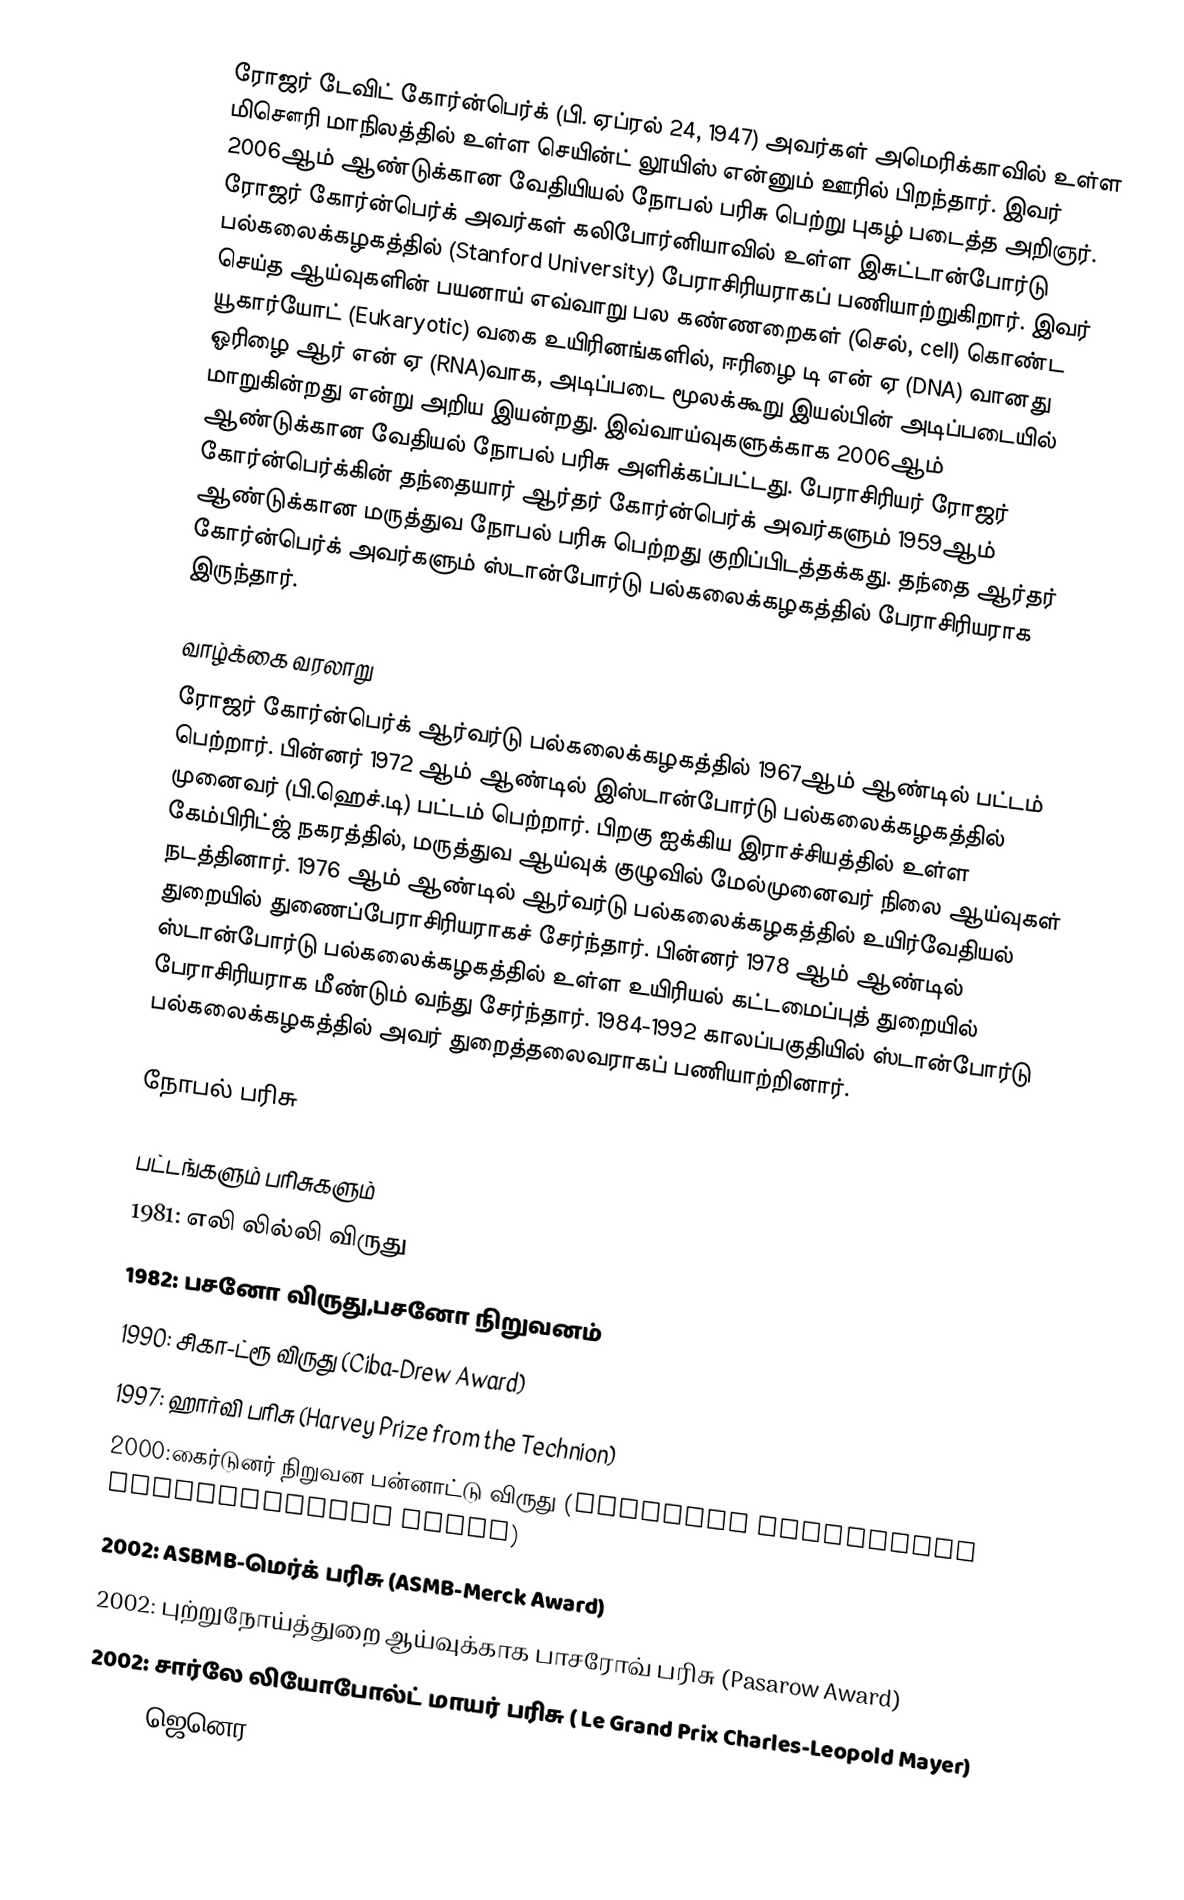
ரோஜர் டேவிட் கோர்ன்பெர்க் (பி. ஏப்ரல் 24, 1947) அவர்கள் அமெரிக்காவில் உள்ள மிசௌரி மாநிலத்தில் உள்ள செயின்ட் லூயிஸ் என்னும் ஊரில் பிறந்தார். இவர் 2006ஆம் ஆண்டுக்கான வேதியியல் நோபல் பரிசு பெற்று புகழ் படைத்த அறிஞர். ரோஜர் கோர்ன்பெர்க் அவர்கள் கலிபோர்னியாவில் உள்ள இசுட்டான்போர்டு பல்கலைக்கழகத்தில் (Stanford University) பேராசிரியராகப் பணியாற்றுகிறார். இவர் செய்த ஆய்வுகளின் பயனாய் எவ்வாறு பல கண்ணறைகள் (செல், cell) கொண்ட யூகார்யோட் (Eukaryotic) வகை உயிரினங்களில், ஈரிழை டி என் ஏ (DNA) வானது ஓரிழை ஆர் என் ஏ (RNA)வாக, அடிப்படை மூலக்கூறு இயல்பின் அடிப்படையில் மாறுகின்றது என்று அறிய இயன்றது. இவ்வாய்வுகளுக்காக 2006ஆம் ஆண்டுக்கான வேதியல் நோபல் பரிசு அளிக்கப்பட்டது. பேராசிரியர் ரோஜர் கோர்ன்பெர்க்கின் தந்தையார் ஆர்தர் கோர்ன்பெர்க் அவர்களும் 1959ஆம் ஆண்டுக்கான மருத்துவ நோபல் பரிசு பெற்றது குறிப்பிடத்தக்கது. தந்தை ஆர்தர் கோர்ன்பெர்க் அவர்களும் ஸ்டான்போர்டு பல்கலைக்கழகத்தில் பேராசிரியராக இருந்தார்.

வாழ்க்கை வரலாறு
ரோஜர் கோர்ன்பெர்க் ஆர்வர்டு பல்கலைக்கழகத்தில் 1967ஆம் ஆண்டில் பட்டம் பெற்றார். பின்னர் 1972 ஆம் ஆண்டில் இஸ்டான்போர்டு பல்கலைக்கழகத்தில் முனைவர் (பி.ஹெச்.டி) பட்டம் பெற்றார். பிறகு ஐக்கிய இராச்சியத்தில் உள்ள கேம்பிரிட்ஜ் நகரத்தில், மருத்துவ ஆய்வுக் குழுவில் மேல்முனைவர் நிலை ஆய்வுகள் நடத்தினார். 1976 ஆம் ஆண்டில் ஆர்வர்டு பல்கலைக்கழகத்தில் உயிர்வேதியல் துறையில் துணைப்பேராசிரியராகச் சேர்ந்தார். பின்னர் 1978 ஆம் ஆண்டில் ஸ்டான்போர்டு பல்கலைக்கழகத்தில் உள்ள உயிரியல் கட்டமைப்புத் துறையில் பேராசிரியராக மீண்டும் வந்து சேர்ந்தார். 1984-1992 காலப்பகுதியில் ஸ்டான்போர்டு பல்கலைக்கழகத்தில் அவர் துறைத்தலைவராகப் பணியாற்றினார்.

நோபல் பரிசு

பட்டங்களும் பரிசுகளும்
 1981: எலி லில்லி விருது
 1982: பசனோ விருது,பசனோ நிறுவனம்
 1990: சிகா-ட்ரூ விருது (Ciba-Drew Award)
 1997: ஹார்வி பரிசு (Harvey Prize from the Technion)
 2000:கைர்டுனர் நிறுவன பன்னாட்டு விருது (Gairdner Foundation International Award)
 2002: ASBMB-மெர்க் பரிசு (ASMB-Merck Award)
 2002: புற்றுநோய்த்துறை ஆய்வுக்காக பாசரோவ் பரிசு (Pasarow Award)
 2002: சார்லே லியோபோல்ட் மாயர் பரிசு ( Le Grand Prix Charles-Leopold Mayer)
 2005: ஜெனெர